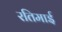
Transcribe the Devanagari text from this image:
रतिमाई